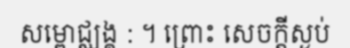
សម្ពោជ្ឈង្គ : ។ ព្រោះ សេចក្តីស្ងប់